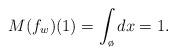
LaTeX: \begin{align*} M(f_w)(1) = \int_{\o} dx = 1.\end{align*}